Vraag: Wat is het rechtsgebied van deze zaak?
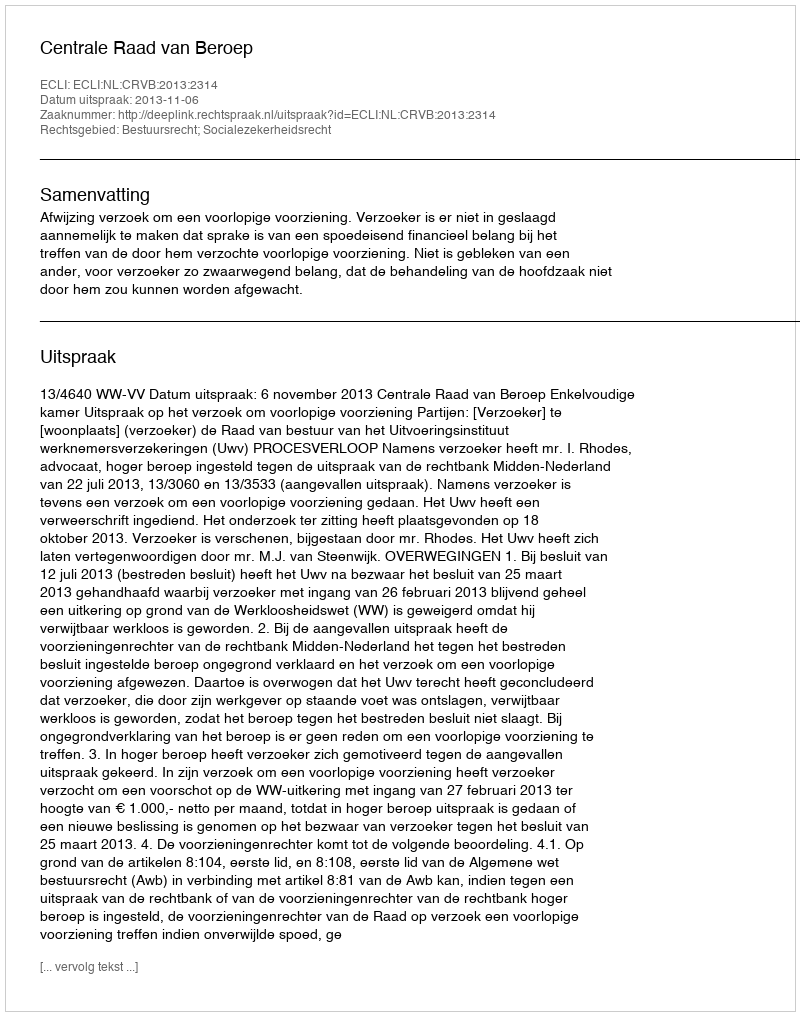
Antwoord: Bestuursrecht; Socialezekerheidsrecht